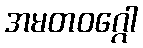
အမတဝဂ္ဂေါ